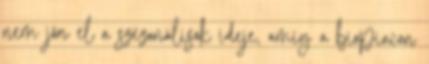
nem jön el a szezonálisok ideje, amíg a biopiacon